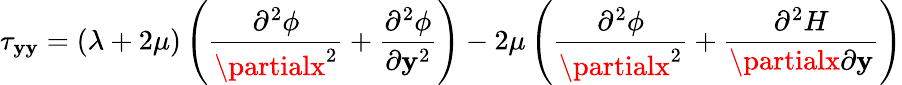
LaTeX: \tau_{\mathbf{y}\mathbf{y}}=\left(\lambda+2\mu\right)\left(\frac{{\partial^{2}\phi}}{{\partialx^{2}}}+\frac{{\partial^{2}\phi}}{{\partial\mathbf{y}^{2}}}\right)-2\mu\left(\frac{{\partial^{2}\phi}}{{\partialx^{2}}}+\frac{{\partial^{2}H}}{{\partialx\partial\mathbf{y}}}\right)